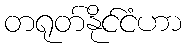
တရုတ်နိုင်ငံဟာ